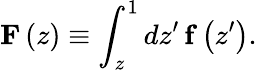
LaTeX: \mathbf{F}\left(z\right)\equiv\int_{z}^{1}dz^{\prime}\, \mathbf{f}\left(z^{\prime}\right).